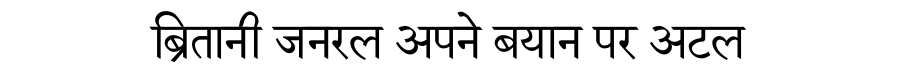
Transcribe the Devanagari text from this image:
ब्रितानी जनरल अपने बयान पर अटल